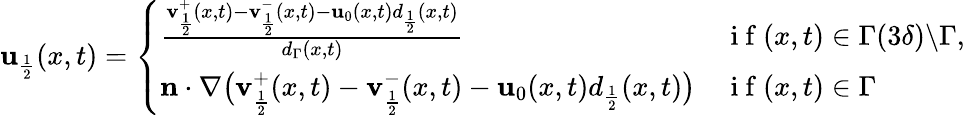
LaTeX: \begin{array}{r}{\mathbf{u}_{\frac{1}{2}}(x,t)=\left\{ \begin{array}{ll}{\frac{\mathbf{v}_{\frac{1}{2}}^{+}(x,t)-\mathbf{v}_{\frac{1}{2}}^{-}(x,t)-\mathbf{u}_{0}(x,t)d_{\frac{1}{2}}(x,t)}{d_{\Gamma}(x,t)}}&{\mathrm{~i~f~}(x,t)\in\Gamma(3\delta)\backslash\Gamma,}\\ {\mathbf{n}\cdot\nabla\big(\mathbf{v}_{\frac{1}{2}}^{+}(x,t)-\mathbf{v}_{\frac{1}{2}}^{-}(x,t)-\mathbf{u}_{0}(x,t)d_{\frac{1}{2}}(x,t)\big)}&{\mathrm{~i~f~}(x,t)\in\Gamma}\end{array}\right.}\end{array}